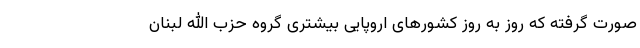
صورت گرفته که روز به روز کشورهای اروپایی بیشتری گروه حزب الله لبنان